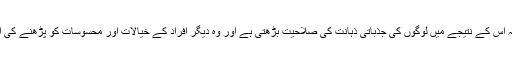
ان کا مزید کہنا تھا کہ اس کے نتیجے میں لوگوں کی جذباتی ذہانت کی صلاحیت بڑھتی ہے اور وہ دیگر افراد کے خیالات اور محسوسات کو پڑھنے کی اہلیت پیدا کرلیتے ہیں۔